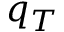
q _ { T }